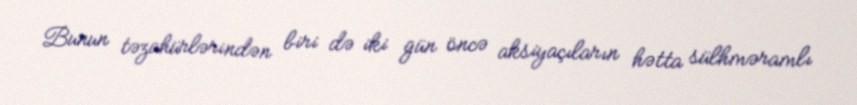
Bunun təzahürlərindən biri də iki gün öncə aksiyaçıların hətta sülhməramlı